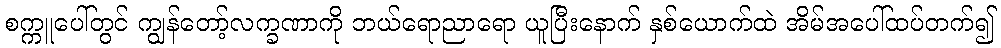
စက္ကူပေါ်တွင် ကျွန်တော့်လက္ခဏာကို ဘယ်ရောညာရော ယူပြီးနောက် နှစ်ယောက်ထဲ အိမ်အပေါ်ထပ်တက်၍